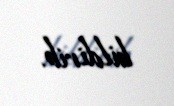
bildirib.